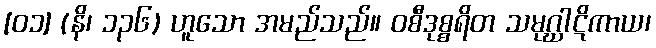
[၀၁] (နိ၊ ၁၃၆) ဟူသော အမည်သည်။ ဝစီဒုစ္စရိတ သမုဂ္ဃါဋိကာယ၊